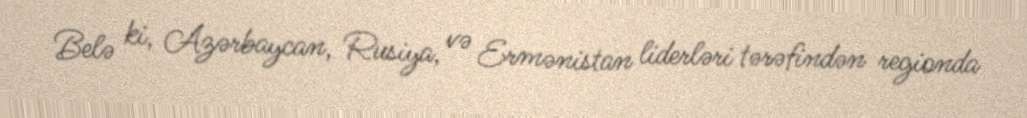
Belə ki, Azərbaycan, Rusiya, və Ermənistan liderləri tərəfindən regionda